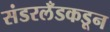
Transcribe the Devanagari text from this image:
संडरलँडकडून